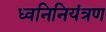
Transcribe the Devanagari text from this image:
ध्वनिनियंत्रण